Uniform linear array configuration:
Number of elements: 32
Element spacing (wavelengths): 0.25
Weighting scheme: binomial
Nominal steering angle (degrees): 45
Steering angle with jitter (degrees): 46.76
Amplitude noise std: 0.05
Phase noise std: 0.05

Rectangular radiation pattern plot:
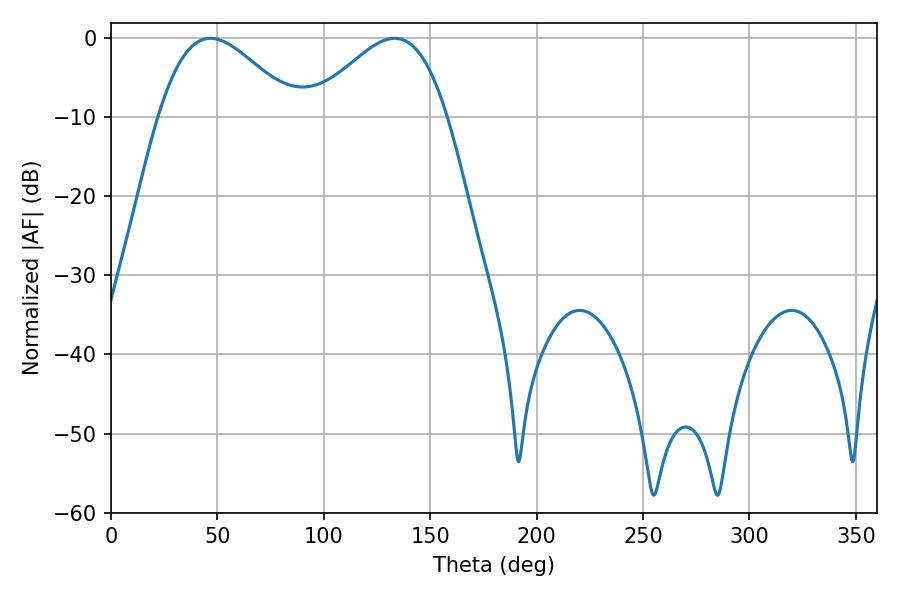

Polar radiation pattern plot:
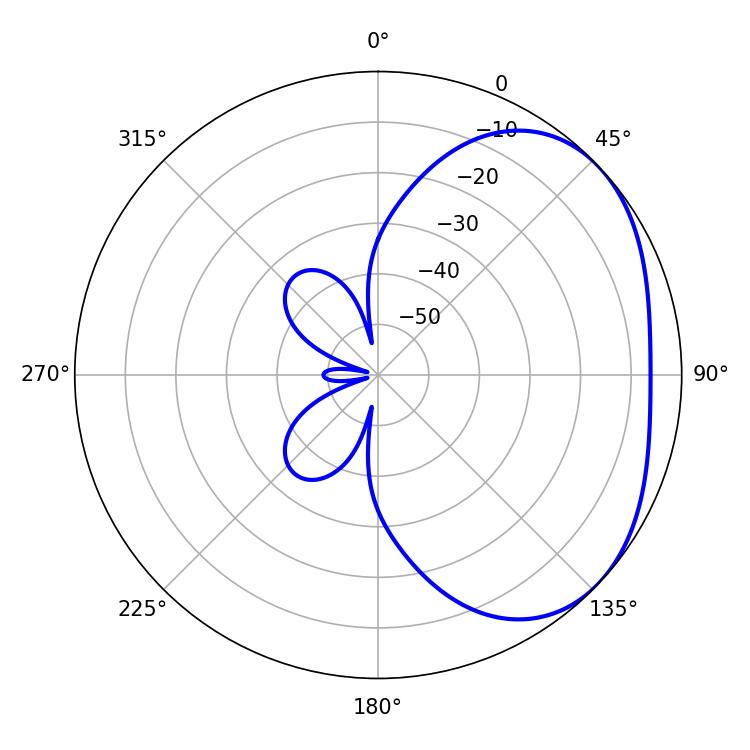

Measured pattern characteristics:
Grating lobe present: FALSE
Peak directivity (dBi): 2.927
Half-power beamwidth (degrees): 34.2
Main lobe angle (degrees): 46.62